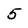
Character: 5